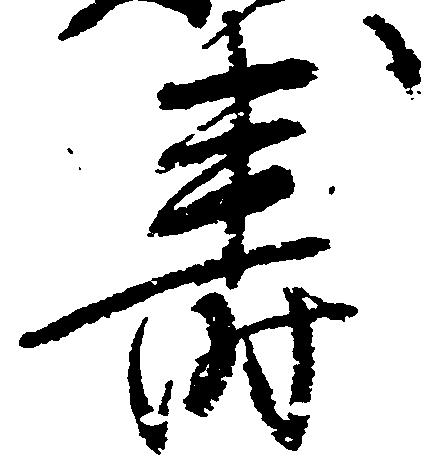
寿